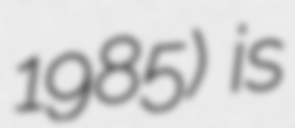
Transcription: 1985) is